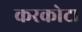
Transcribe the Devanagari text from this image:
करकोटा